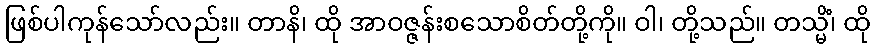
ဖြစ်ပါကုန်သော်လည်း။ တာနိ၊ ထို အာဝဇ္ဇန်းစသောစိတ်တို့ကို။ ဝါ၊ တို့သည်။ တသ္မိံ၊ ထို